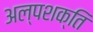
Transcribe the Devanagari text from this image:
अल्‍पशक्ति